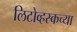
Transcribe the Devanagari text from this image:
लिटोव्हस्कच्या